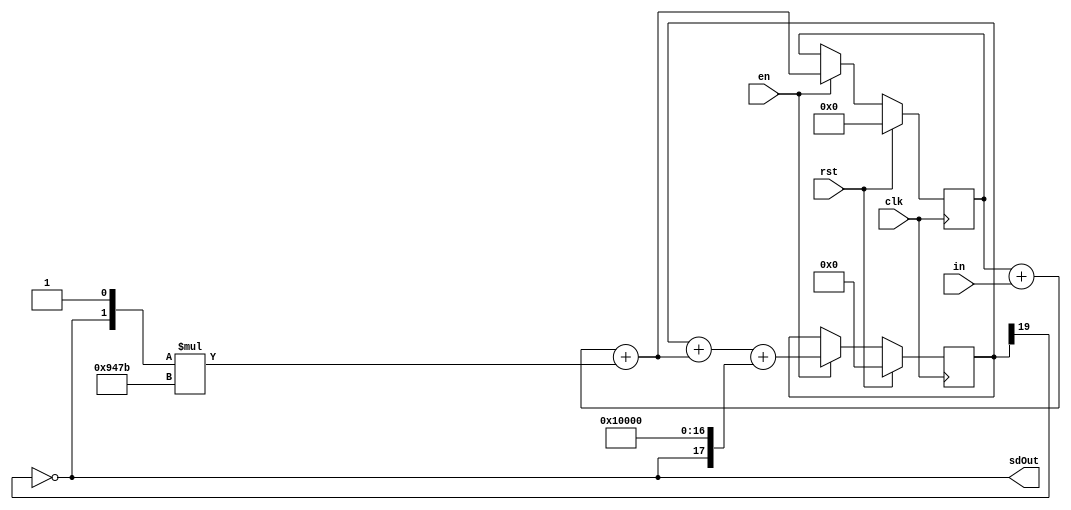
module sigmaDelta2ndOrder
#(
    parameter WIDTH = 16,
    parameter GROWTH = 2
) (
    input clk,
    input rst,
    input en,
    input signed [WIDTH-1:0] in,
    output sdOut
);

// For 2nd order sigma-delta modulators, signal to noise ratio (SNR) must be
// balanced against stability.  Choosing a GAIN of one would theoretically
// maximize SNR, but the feedback loop would be completely unstable. A GAIN of
// 1.16 has been found to be the best trade-off for this particular type of
// sigma-delta.  See [1]. Specifically, page 2330, gamma=2.33, scaled to 1.16 in
// our design. Be wary: I had to rearrange the order such that the scaled value
// was applied to the first integrator instead of the second, so this result may
// not 100% match the theory in the paper, and this still represents a tradeoff. 
// If you really need to squeeze out that extra 1 dB of performance, consider 
// tuning your own sigma-delta modulator, and use a higher order loop.
//
// [1] S. Hein and A. Zakhor, "On the stability of sigma delta modulators," IEEE
//     Trans Signal Proc., vol. 41, no. 7, pp. 2322-2348, July 1993. 
localparam integer GAIN = 2.0**(WIDTH-1)*1.16;

reg signed [WIDTH+GROWTH-1:0] acc1 = 'd0;
reg signed [WIDTH+2*GROWTH-1:0] acc2 = 'd0;

// Use blocking assignment to ensure minimum delay in the loop. This optimizes
// on Xilinx FPGAs quite nicely. On other devices, the alternate code may be better:
// acc1 <= acc1 + in + ($signed({sdOut,1'b1})*GAIN);
// acc2 <= acc2 + acc1 + in + ($signed({sdOut,1'b1}) * (GAIN + 2**WIDTH));
always @(posedge clk) begin
    if (rst) begin
        acc1 = 'd0;
        acc2 = 'd0;
    end else if (en) begin
        acc1 = acc1 + in + ($signed({sdOut,1'b1})*GAIN);
        acc2 = acc2 + acc1 + ($signed({sdOut,1'b1}) <<< WIDTH);
    end
end

// Use the sign bit as the output
assign sdOut = ~acc2[WIDTH+2*GROWTH-1];

endmodule